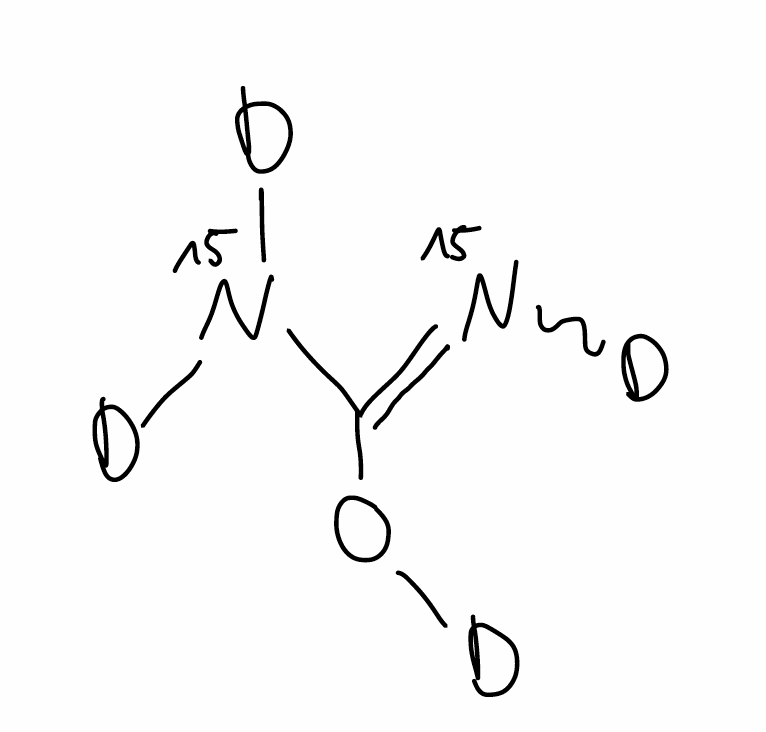
Simplified molecular-input line-entry system (SMILES) notation of the given molecule:
[2H][15N]=C([15N]([2H])[2H])O[2H]